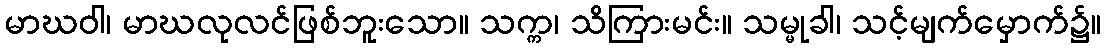
မာဃဝါ၊ မာဃလုလင်ဖြစ်ဘူးသော။ သက္က၊ သိကြားမင်း။ သမ္မုခါ၊ သင့်မျက်မှောက်၌။